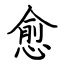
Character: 愈